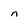
Character: n